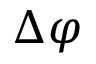
\Delta \varphi